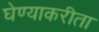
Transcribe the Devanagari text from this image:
घेण्याकरीता